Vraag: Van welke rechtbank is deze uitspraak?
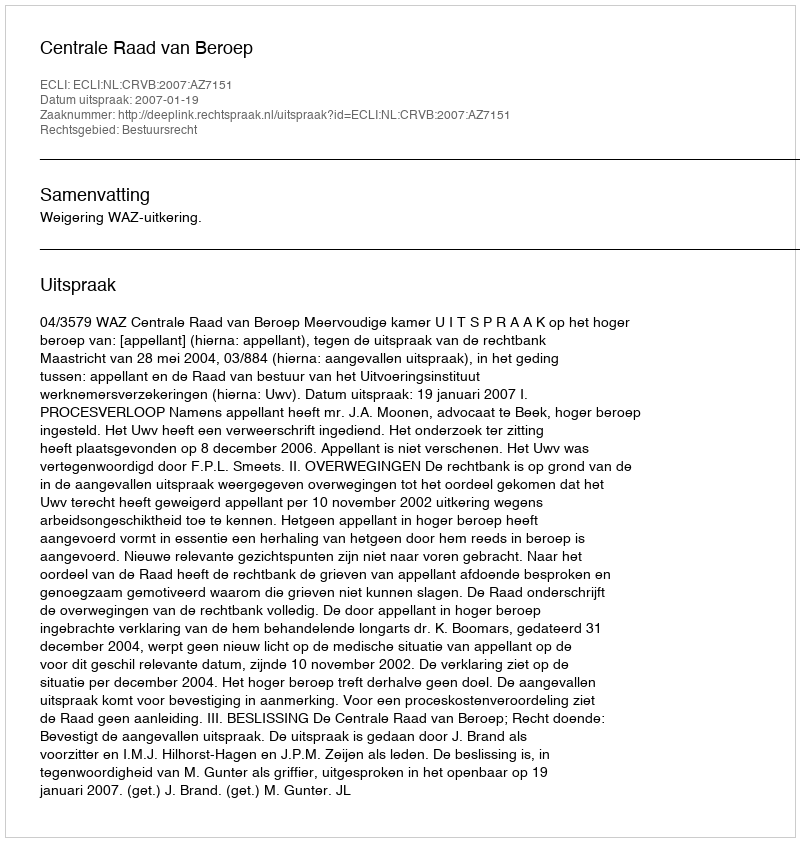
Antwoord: Centrale Raad van Beroep